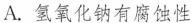
A.氢氧化钠有腐蚀性